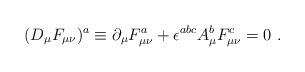
\begin{align*}(D_\mu F_{\mu \nu})^a \equiv \partial_\mu F_{\mu \nu}^a +\epsilon^{abc}A_{\mu}^{b}F_{\mu \nu}^c = 0 \ . \end{align*}